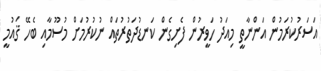
އަސަރުކުރަމުން އަންނާތީ މިއަދު ހަވީރުން ފެށިގެން ކަނޑުދަތުރުތައް ނުކުރުމަށް މުސޫމާއި ބެހޭ ޤައުމީ